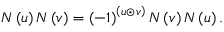
N \left( u \right) N \left( v \right) = \left( - 1 \right) ^ { \left( u \odot v \right) } N \left( v \right) N \left( u \right) .